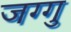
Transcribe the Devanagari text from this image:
जग्गु